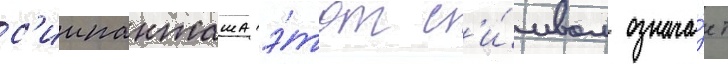
с'иипанташа э́тот с'и́мвол означа́ет